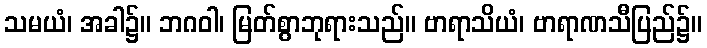
သမယံ၊ အခါ၌။ ဘဂဝါ၊ မြတ်စွာဘုရားသည်။ ဗာရာသိယံ၊ ဗာရာဏသီပြည်၌။